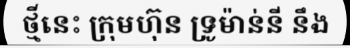
ថ្មីនេះ ក្រុមហ៊ុន ទ្រូម៉ាន់នី នឹង